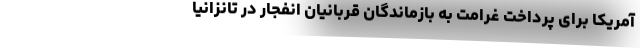
آمریکا برای پرداخت غرامت به بازماندگان قربانیان انفجار در تانزانیا